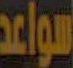
سواعد